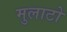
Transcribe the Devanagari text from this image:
मुलाटो